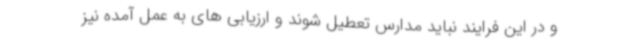
و در این فرایند نباید مدارس تعطیل شوند و ارزیابی های به عمل آمده نیز